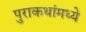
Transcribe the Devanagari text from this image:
पुराकथांमध्ये